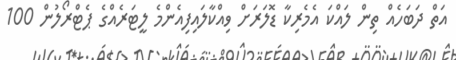
އަތް ދަބަހެއް ތިން ލައްކަ އެމެރިކާ ޑޮލަރަށް ވިއްކާލައިފިއެންމެ ލީޓަރެއްގެ ޕެޓްރޯލުން 100